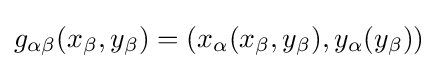
g_{\alpha \beta }(x_{\beta },y_{\beta })=(x_{\alpha }(x_{\beta },y_{\beta }),y_{\alpha }(y_{\beta }))